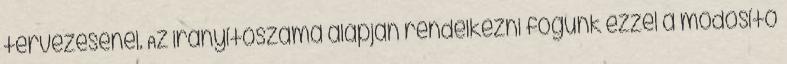
tervezésénél. Az irányítószáma alapján rendelkezni fogunk ezzel a módosító